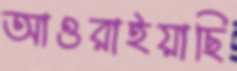
আওরাইয়াছি